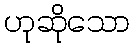
ဟုဆိုသော